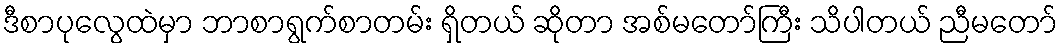
ဒီစာပုလွေထဲမှာ ဘာစာရွက်စာတမ်း ရှိတယ် ဆိုတာ အစ်မတော်ကြီး သိပါတယ် ညီမတော်